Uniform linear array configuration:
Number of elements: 64
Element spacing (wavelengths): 1
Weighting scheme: exponential
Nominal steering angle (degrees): -60
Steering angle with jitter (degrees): -60.557
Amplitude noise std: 0.05
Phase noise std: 0.05

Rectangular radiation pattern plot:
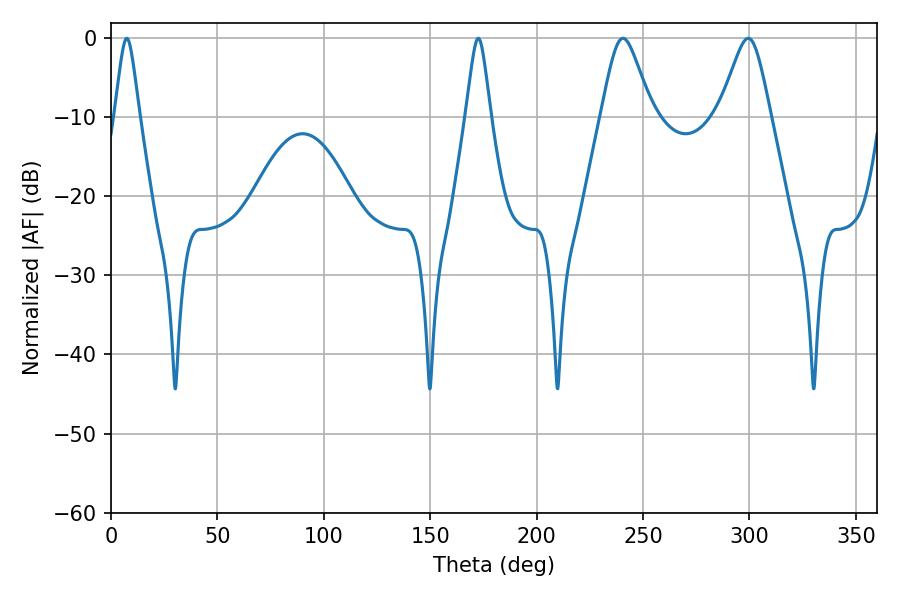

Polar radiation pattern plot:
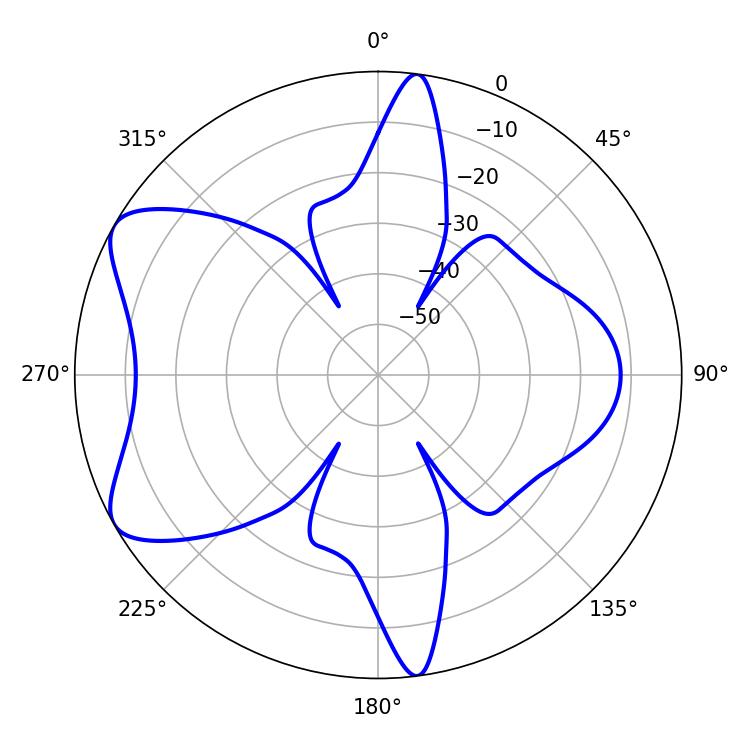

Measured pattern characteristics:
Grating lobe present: TRUE
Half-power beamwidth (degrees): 11.7
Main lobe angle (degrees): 240.48